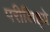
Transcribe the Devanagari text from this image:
परीशिष्ट्ये